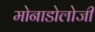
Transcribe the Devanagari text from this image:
मोनाडोलोजी